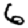
Digit: 6